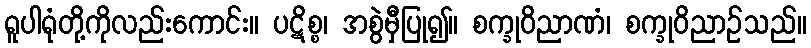
ရူပါရုံတို့ကိုလည်းကောင်း။ ပဋိစ္စ၊ အစွဲမှီပြု၍။ စက္ခုဝိညာဏံ၊ စက္ခုဝိညာဉ်သည်။